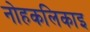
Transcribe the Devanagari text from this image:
नोहकलिकाइ